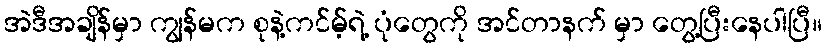
အဲဒီအချိန်မှာ ကျွန်မက စုနဲ့ကင်မ့်ရဲ့ ပုံတွေကို အင်တာနက် မှာ တွေ့ပြီးနေပါပြီ။